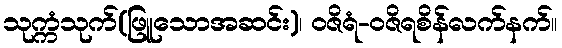
သုက္ကံသုက်(ဖြူသောအဆင်း)၊ ဝဇိရံ-ဝဇိရစိန်လက်နက်။